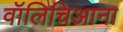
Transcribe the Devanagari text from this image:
वॉलिचिआना